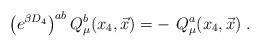
LaTeX: \begin{align*}\left( e^{\beta D_4} \right)^{ab}Q^b_\mu(x_4,{\vec x}) = - \ Q^a_\mu(x_4,{\vec x})\; .\end{align*}